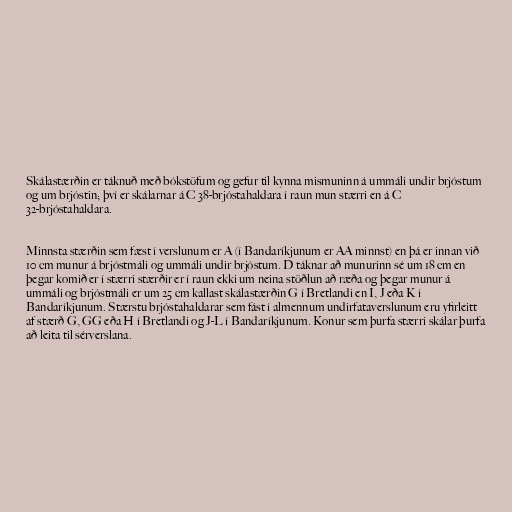
Skálastærðin er táknuð með bókstöfum og gefur til kynna mismuninn á ummáli undir brjóstum
og um brjóstin; því er skálarnar á C 38-brjóstahaldara í raun mun stærri en á C
32-brjóstahaldara.

Minnsta stærðin sem fæst í verslunum er A (í Bandaríkjunum er AA minnst) en þá er innan við
10 cm munur á brjóstmáli og ummáli undir brjóstum. D táknar að munurinn sé um 18 cm en
þegar komið er í stærri stærðir er í raun ekki um neina stöðlun að ræða og þegar munur á
ummáli og brjóstmáli er um 25 cm kallast skálastærðin G í Bretlandi en I, J eða K í
Bandaríkjunum. Stærstu brjóstahaldarar sem fást í almennum undirfataverslunum eru yfirleitt
af stærð G, GG eða H í Bretlandi og J-L í Bandaríkjunum. Konur sem þurfa stærri skálar þurfa
að leita til sérverslana.